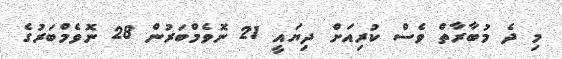
މި ދެ މުބާރާތް ވެސް ކުރިއަށް ދިޔައީ 21 ނޮވެމްބަރުން 28 ނޮވެމްބަރުގެ